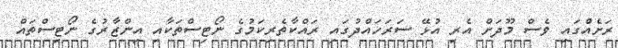
ރަށެއްގައި ވެސް މޫދަށް އެރި އުޅޭ ސަރަހައްދުގައި ރައްކާތެރިކަމުގެ ނޯޓިސްތަކާއި އިންޒާރުގެ ނޯޓިސްތައް